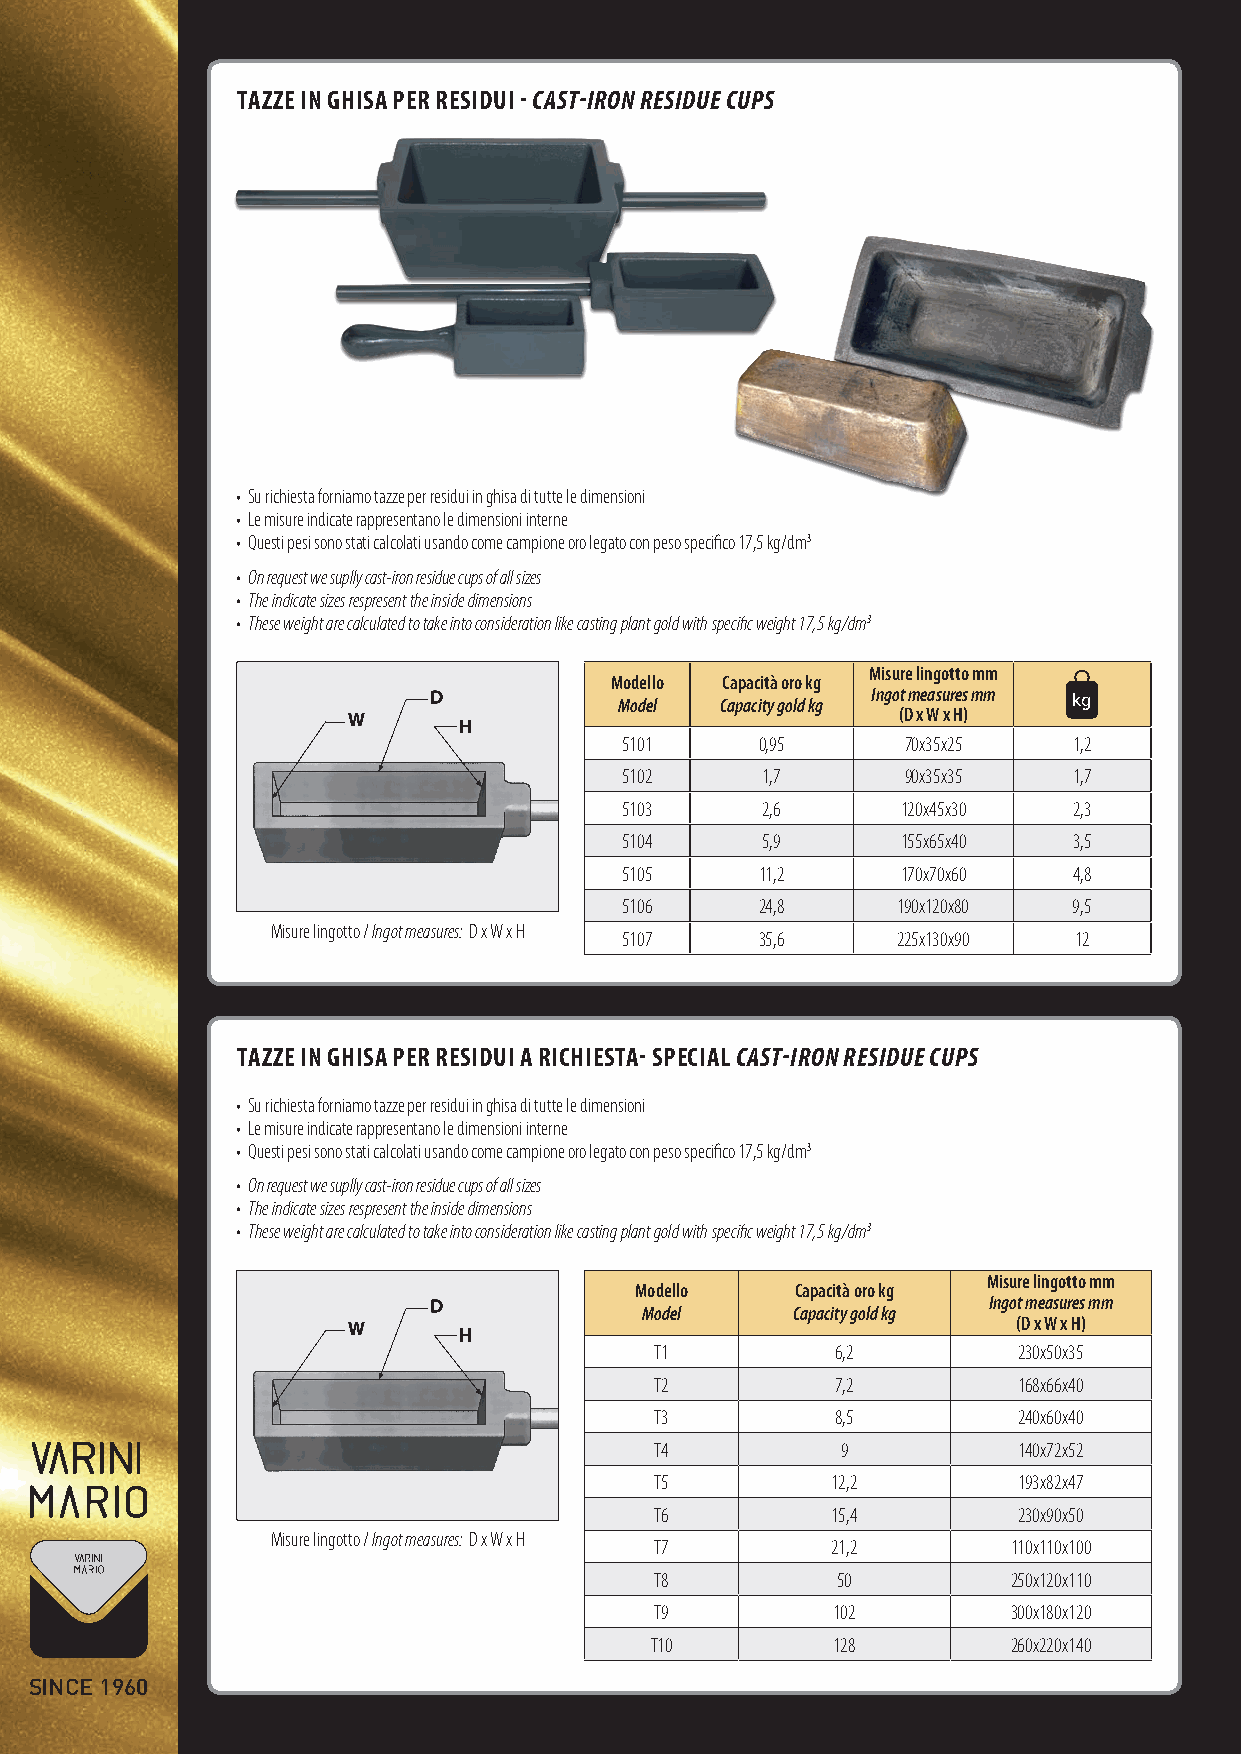
TAZZE IN GhISA pER RESIDUI - CAST-IRON RESIDUE CUpS
 • Su richiesta forniamo tazze per residui in ghisa di tutte le dimensioni
 • Le misure indicate rappresentano le dimensioni interne
 • Questi pesi sono stati calcolati usando come campione oro legato con peso specifico 17,5 kg/dm3
 • On request we suplly cast-iron residue cups of all sizes
 • The indicate sizes respresent the inside dimensions
 • These weight are calculated to take into consideration like casting plant gold with specific weight 17,5 kg/dm3
 Misure lingotto mm
 M Mo od de ell lo CC aa pp aa cc ii tt yà
 g
 o or lo
 d
 k kg
 g   Ingot measures mmA
 BH
 kg
 (D x W x H) cm
 5101     0,95      70x35x25   1,2
 5102      1,7      90x35x35   1,7
 5103      2,6      120x45x30  2,3
 5104      5,9      155x65x40  3,5
 5105     11,2      170x70x60  4,8
 5106     24,8      190x120x80 9,5
 Misure lingotto / Ingot measures: D x W x H
 5107     35,6      225x130x90 12
 TAZZE IN GhISA pER RESIDUI A RIChIESTA- SpECIAL CAST-IRON RESIDUE CUpS
 • Su richiesta forniamo tazze per residui in ghisa di tutte le dimensioni
 • Le misure indicate rappresentano le dimensioni interne
 • Questi pesi sono stati calcolati usando come campione oro legato con peso specifico 17,5 kg/dm3
 • On request we suplly cast-iron residue cups of all sizes
 • The indicate sizes respresent the inside dimensions
 • These weight are calculated to take into consideration like casting plant gold with specific weight 17,5 kg/dm3
 Misure lingotto mm
 Modello    Capacità oro kg
 Ingot measures mm
 Model     Capacity gold kg
 (D x W x H)
 T1          6,2          230x50x35
 T2          7,2          168x66x40
 T3          8,5          240x60x40
 T4           9           140x72x52
 T5          12,2         193x82x47
 T6          15,4         230x90x50
 Misure lingotto / Ingot measures: D x W x H
 T7          21,2        110x110x100
 T8           50         250x120x110
 T9          102         300x180x120
 T10         128         260x220x140
 SINCE 1960
 Varini_catalogo_def2.indd 24                                           18/06/12 15:26